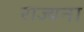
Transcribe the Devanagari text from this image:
राज्यना